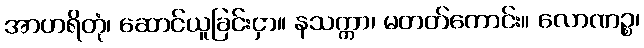
အာဟရိတုံ၊ ဆောင်ယူခြင်းငှာ။ နသက္ကာ၊ မတတ်ကောင်း။ လောဏဉ္စ၊